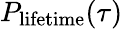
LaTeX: P_{\mathrm{lifetime}}(\tau)